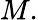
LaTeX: M.